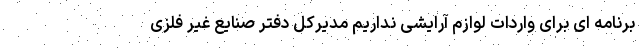
برنامه ای برای واردات لوازم آرایشی نداریم مدیرکل دفتر صنایع غیر فلزی